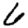
Digit: 6